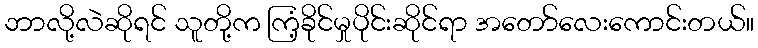
ဘာလို့လဲဆိုရင် သူတို့က ကြံ့ခိုင်မှုပိုင်းဆိုင်ရာ အတော်လေးကောင်းတယ်။